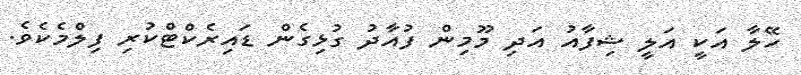
ހޭލާ އަކީ އަލީ ޝިފާއު އަދި މޫމިން ފުއާދު ގުޅިގެން ޑައިރެކްޓްކުރި ފިލްމެކެވެ.